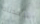
شاهدناه